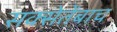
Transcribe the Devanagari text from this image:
सक्सेतेंबाच